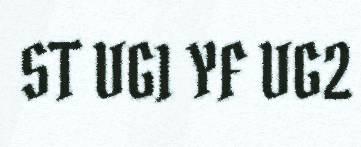
ST VG1 YF VG2